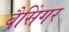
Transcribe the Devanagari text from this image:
बैसिंगर